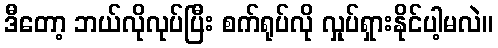
ဒီတော့ ဘယ်လိုလုပ်ပြီး စက်ရုပ်လို လှုပ်ရှားနိုင်ပါ့မလဲ။